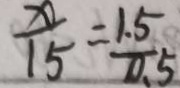
\frac { x } { 1 5 } = \frac { 1 . 5 } { 0 . 5 }